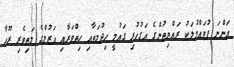
އަންނަ ފުވައްމުލަކު ރައްޔިތުންގެ އަގުހުރި ގައުމީ ހިދުމަތާއި ހިތްވަރާއި އަޒުމްގެ މަތިވެރި ރޫހާ